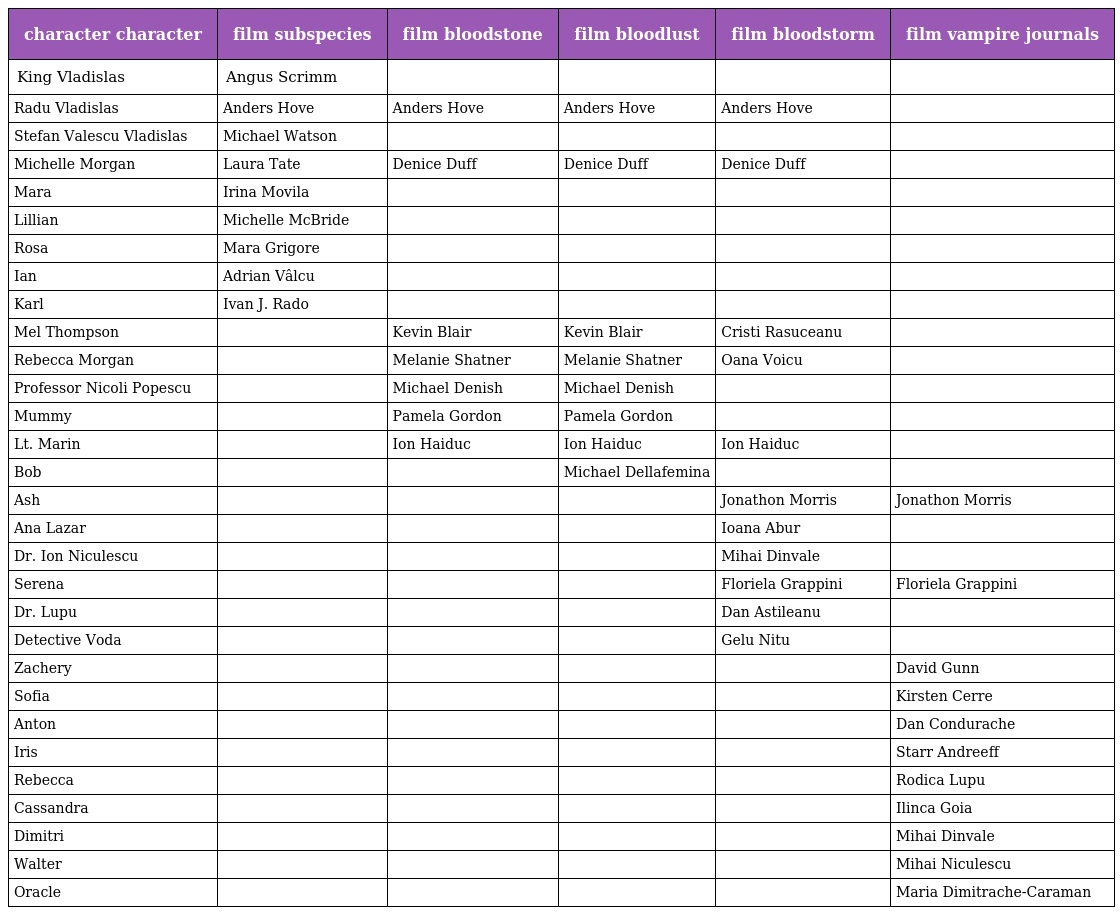
| character character | film subspecies | film bloodstone | film bloodlust | film bloodstorm | film vampire journals |
 | --- | --- | --- | --- | --- | --- |
 | King Vladislas | Angus Scrimm |  |  |  |  |
 | Radu Vladislas | Anders Hove | Anders Hove | Anders Hove | Anders Hove |  |
 | Stefan Valescu Vladislas | Michael Watson |  |  |  |  |
 | Michelle Morgan | Laura Tate | Denice Duff | Denice Duff | Denice Duff |  |
 | Mara | Irina Movila |  |  |  |  |
 | Lillian | Michelle McBride |  |  |  |  |
 | Rosa | Mara Grigore |  |  |  |  |
 | Ian | Adrian Vâlcu |  |  |  |  |
 | Karl | Ivan J. Rado |  |  |  |  |
 | Mel Thompson |  | Kevin Blair | Kevin Blair | Cristi Rasuceanu |  |
 | Rebecca Morgan |  | Melanie Shatner | Melanie Shatner | Oana Voicu |  |
 | Professor Nicoli Popescu |  | Michael Denish | Michael Denish |  |  |
 | Mummy |  | Pamela Gordon | Pamela Gordon |  |  |
 | Lt. Marin |  | Ion Haiduc | Ion Haiduc | Ion Haiduc |  |
 | Bob |  |  | Michael Dellafemina |  |  |
 | Ash |  |  |  | Jonathon Morris | Jonathon Morris |
 | Ana Lazar |  |  |  | Ioana Abur |  |
 | Dr. Ion Niculescu |  |  |  | Mihai Dinvale |  |
 | Serena |  |  |  | Floriela Grappini | Floriela Grappini |
 | Dr. Lupu |  |  |  | Dan Astileanu |  |
 | Detective Voda |  |  |  | Gelu Nitu |  |
 | Zachery |  |  |  |  | David Gunn |
 | Sofia |  |  |  |  | Kirsten Cerre |
 | Anton |  |  |  |  | Dan Condurache |
 | Iris |  |  |  |  | Starr Andreeff |
 | Rebecca |  |  |  |  | Rodica Lupu |
 | Cassandra |  |  |  |  | Ilinca Goia |
 | Dimitri |  |  |  |  | Mihai Dinvale |
 | Walter |  |  |  |  | Mihai Niculescu |
 | Oracle |  |  |  |  | Maria Dimitrache-Caraman |